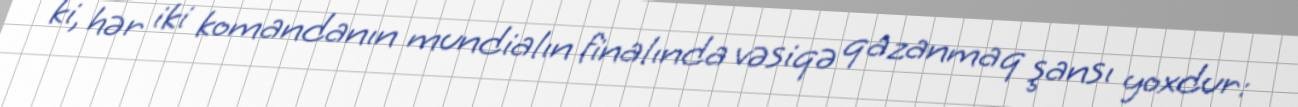
ki, hər iki komandanın mundialın finalında vəsiqə qazanmaq şansı yoxdur: